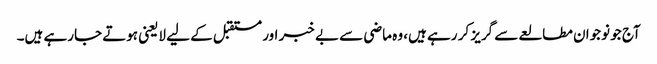
آج جو نوجوان مطالعے سے گریز کر رہے ہیں، وہ ماضی سے بے خبر اور مستقبل کے لیے لایعنی ہوتے جارہے ہیں۔